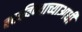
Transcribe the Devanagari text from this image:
बसविण्याच्याआधी